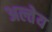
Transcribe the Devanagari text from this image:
अल्तेय